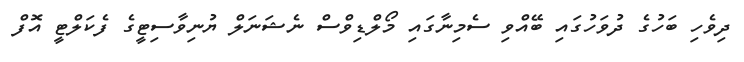
ދިވެހި ބަހުގެ ދުވަހުގައި ބޭއްވި ސެމިނާގައި މޯލްޑިވްސް ނެޝަނަލް ޔުނިވާސިޓީގެ ފެކަލްޓީ އޮފް